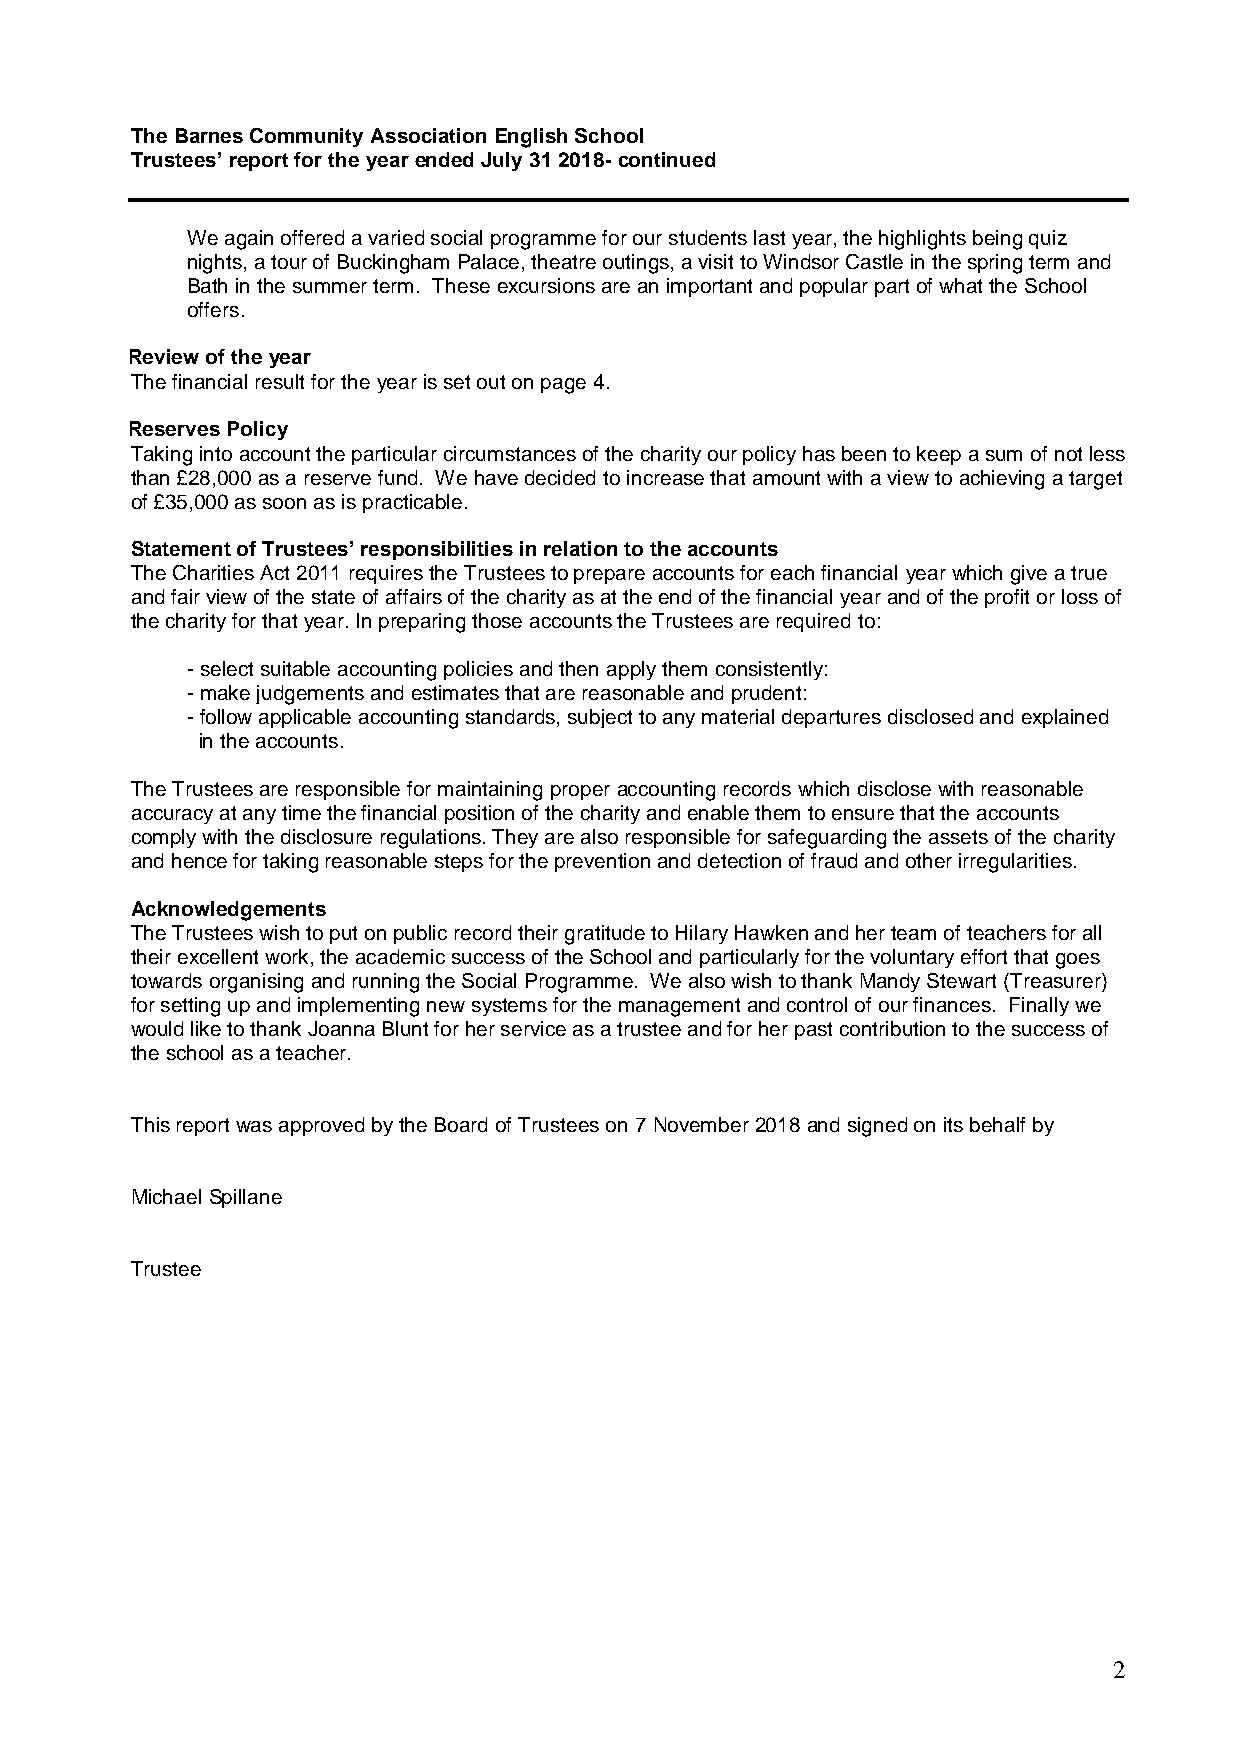
The Barnes Community Association English School
 Trustees’ report for the year ended July 31 2018- continued
 We again offered a varied social programme for our students last year, the highlights being quiz
 nights, a tour of Buckingham Palace, theatre outings, a visit to Windsor Castle in the spring term and
 Bath in the summer term. These excursions are an important and popular part of what the School
 offers.
 Review of the year
 The financial result for the year is set out on page 4.
 Reserves Policy
 Taking into account the particular circumstances of the charity our policy has been to keep a sum of not less
 than £28,000 as a reserve fund. We have decided to increase that amount with a view to achieving a target
 of £35,000 as soon as is practicable.
 Statement of Trustees’ responsibilities in relation to the accounts
 The Charities Act 2011 requires the Trustees to prepare accounts for each financial year which give a true
 and fair view of the state of affairs of the charity as at the end of the financial year and of the profit or loss of
 the charity for that year. In preparing those accounts the Trustees are required to:
 - select suitable accounting policies and then apply them consistently:
 - make judgements and estimates that are reasonable and prudent:
 - follow applicable accounting standards, subject to any material departures disclosed and explained
 in the accounts.
 The Trustees are responsible for maintaining proper accounting records which disclose with reasonable
 accuracy at any time the financial position of the charity and enable them to ensure that the accounts
 comply with the disclosure regulations. They are also responsible for safeguarding the assets of the charity
 and hence for taking reasonable steps for the prevention and detection of fraud and other irregularities.
 Acknowledgements
 The Trustees wish to put on public record their gratitude to Hilary Hawken and her team of teachers for all
 their excellent work, the academic success of the School and particularly for the voluntary effort that goes
 towards organising and running the Social Programme. We also wish to thank Mandy Stewart (Treasurer)
 for setting up and implementing new systems for the management and control of our finances. Finally we
 would like to thank Joanna Blunt for her service as a trustee and for her past contribution to the success of
 the school as a teacher.
 This report was approved by the Board of Trustees on 7 November 2018 and signed on its behalf by
 Michael Spillane
 Trustee
 2